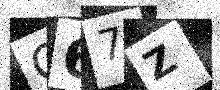
Text: Q67Z